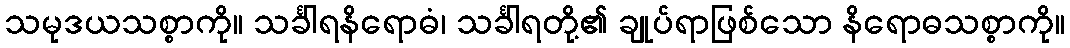
သမုဒယသစ္စာကို။ သင်္ခါရနိရောဓံ၊ သင်္ခါရတို့၏ ချုပ်ရာဖြစ်သော နိရောဓသစ္စာကို။